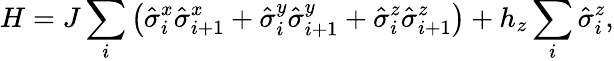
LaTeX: H=J\sum_{i}\left(\hat{\sigma}_{i}^{x}\hat{\sigma}_{i+1}^{x}+\hat{\sigma}_{i}^{y}\hat{\sigma}_{i+1}^{y}+\hat{\sigma}_{i}^{z}\hat{\sigma}_{i+1}^{z}\right)+h_{z}\sum_{i}\hat{\sigma}_{i}^{z},